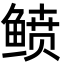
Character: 鲼